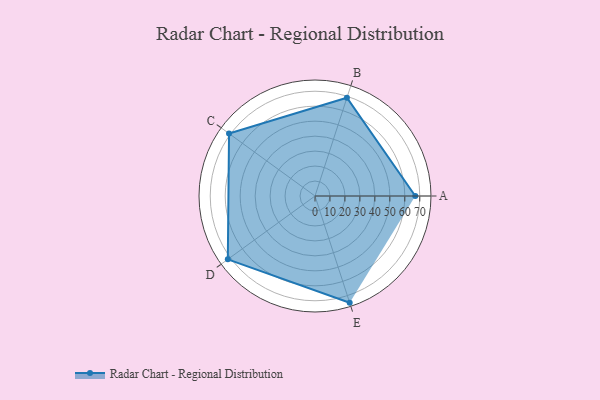
{"axis": {"x": "Skill", "y": "Score"}, "legend": ["Profile"], "data": [{"x": "A", "y": 67.0, "type": "Profile"}, {"x": "B", "y": 69.0, "type": "Profile"}, {"x": "C", "y": 71.0, "type": "Profile"}, {"x": "D", "y": 72.0, "type": "Profile"}, {"x": "E", "y": 75.0, "type": "Profile"}]}